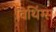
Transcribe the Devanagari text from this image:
विथिंग्स